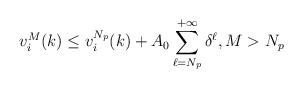
LaTeX: \begin{align*}v_i^M(k)\leq v_i^{N_p}(k)+A_0\sum\limits_{\ell=N_p}^{+\infty}\delta^{\ell},M>N_p\end{align*}